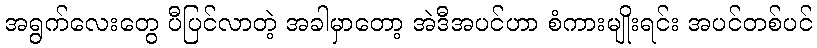
အရွက်လေးတွေ ပီပြင်လာတဲ့ အခါမှာတော့ အဲဒီအပင်ဟာ စံကားမျိုးရင်း အပင်တစ်ပင်